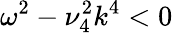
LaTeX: \omega^{2}-\nu_{4}^{2}k^{4}<0